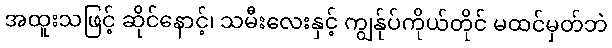
အထူးသဖြင့် ဆိုင်နောင့်၊ သမီးလေးနှင့် ကျွန်ုပ်ကိုယ်တိုင် မထင်မှတ်ဘဲ